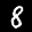
Label: 8